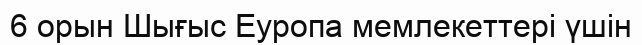
6 орын Шығыс Еуропа мемлекеттері үшін